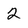
Character: 2